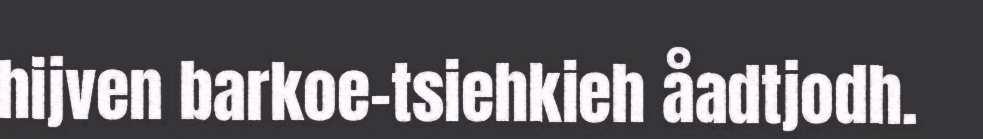
hijven barkoe-tsiehkieh åadtjodh.